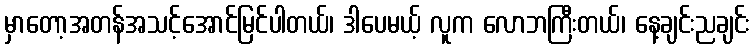
မှာတော့အတန်အသင့်အောင်မြင်ပါတယ်၊ ဒါပေမယ့် လူက လောဘကြီးတယ်၊ နေ့ချင်းညချင်း